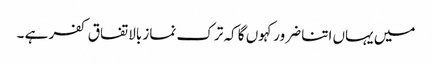
میں یہاں اتنا ضرور کہوں گا کہ ترک نماز بالاتفاق کفر ہے ۔